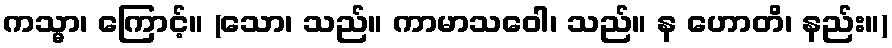
ကသ္မာ၊ ကြောင့်။ (သော၊ သည်။ ကာမာသဝေါ၊ သည်။ န ဟောတိ၊ နည်း။)